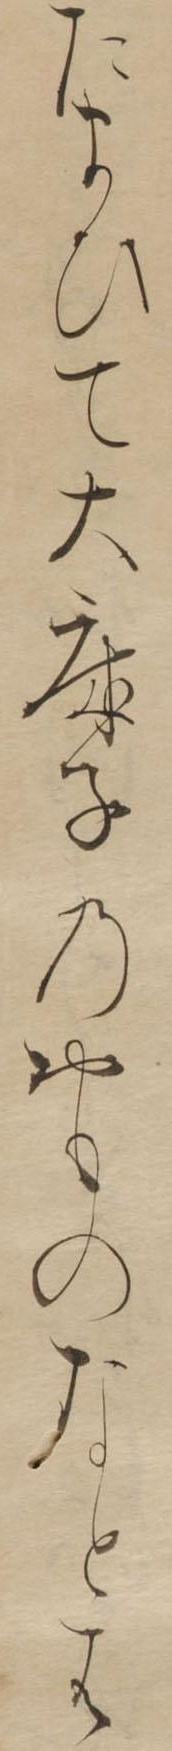
たまひて大床子の御ものなとは